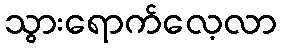
သွားရောက်လေ့လာ